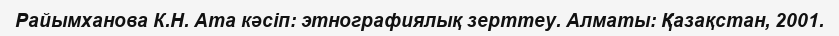
Райымханова К.Н. Ата кәсіп: этнографиялық зерттеу. Алматы: Қазақстан, 2001.